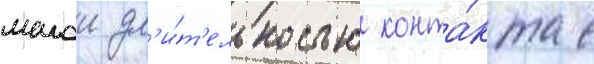
малои дл'и́т'ельностью конта́кта с